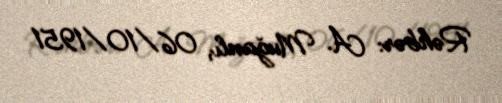
Rəhbər: A. Muğanlı, 06/10/1951